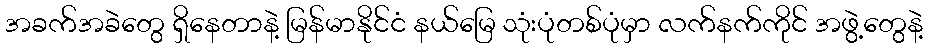
အခက်အခဲတွေ ရှိနေတာနဲ့ မြန်မာနိုင်ငံ နယ်မြေ သုံးပုံတစ်ပုံမှာ လက်နက်ကိုင် အဖွဲ့တွေနဲ့